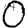
Digit: 0